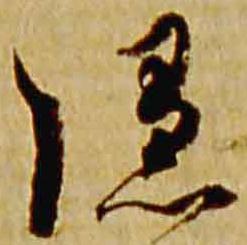
隠